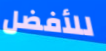
للأفضل